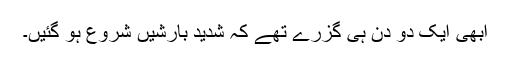
ابھی ایک دو دن ہی گزرے تھے کہ شدید بارشیں شروع ہو گئیں۔